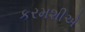
કરમશીએ